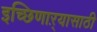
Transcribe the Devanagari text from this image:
इच्छिणाऱ्यासाठी